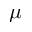
\mu